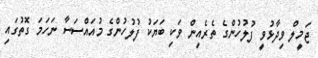
ޖަމީލް ވިދާޅުވީ ފުލުހުންގެ ތެރެއިން ވަކި ބަޔަކު ފުލުހުންގެ މުއައްސަސާ ނަހަމަ ގޮތުގައި